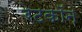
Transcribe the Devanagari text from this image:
रेटकॉन